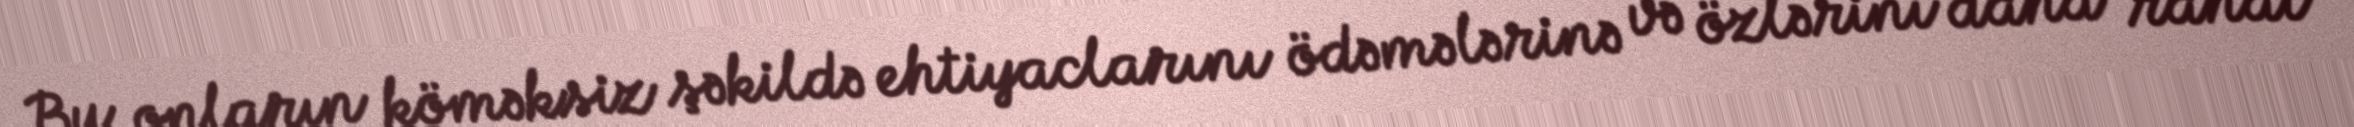
Bu onların köməksiz şəkildə ehtiyaclarını ödəmələrinə və özlərini daha rahat